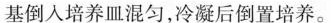
基倒入培养皿混匀，冷凝后倒置培养。